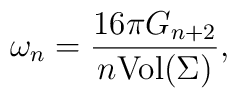
\omega_n=\frac{16\pi G_{n+2}}{n\mbox {Vol}(\Sigma)},